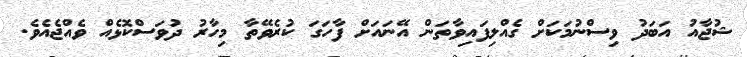
ޝުޖާއު އަބަދު ވިސްނުމަކަށް ގެއްލިފައިވާތަން އޭނައަށް ފާހަގަ ކުރެވޭތާ މިހާރު ދުވަސްކޮޅެއް ވެއްޖެއެވެ.